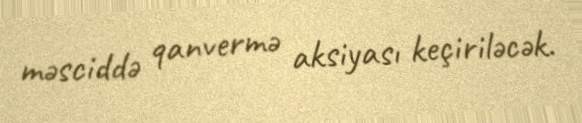
məsciddə qanvermə aksiyası keçiriləcək.